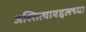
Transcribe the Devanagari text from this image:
अस्तित्वाबद्दलच्या